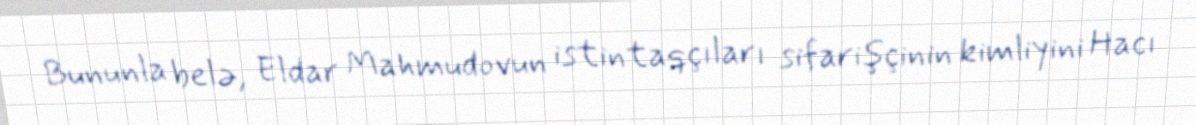
Bununla belə, Eldar Mahmudovun istintaqçıları sifarişçinin kimliyini Hacı